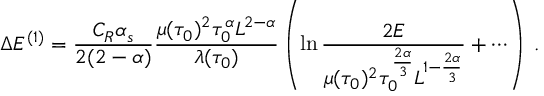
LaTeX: \Delta E ^ { ( 1 ) } = \frac { C _ { R } \alpha _ { s } } { 2 ( 2 - \alpha ) } \frac { \mu ( \tau _ { 0 } ) ^ { 2 } \tau _ { 0 } ^ { \alpha } L ^ { 2 - \alpha } } { \lambda ( \tau _ { 0 } ) } \left( \ln \frac { 2 E } { \mu ( \tau _ { 0 } ) ^ { 2 } \tau _ { 0 } ^ { \frac { 2 \alpha } { 3 } } L ^ { 1 - \frac { 2 \alpha } { 3 } } } + \cdots \right) \; .